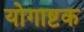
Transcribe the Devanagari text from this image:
योगाष्टक